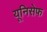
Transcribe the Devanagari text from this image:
यूनिसेेफ